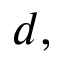
d ,